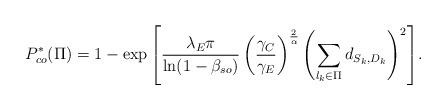
LaTeX: \begin{align*}P_{co}^*(\Pi)=1-\exp{\left[\frac{\lambda_E \pi}{\ln(1-\beta_{so})}\left(\frac{\gamma_C}{\gamma_E}\right)^{\frac {2}{\alpha}}\left(\sum\limits_{l_k \in \Pi} d_{S_k, D_k}\right)^2\right]}. \end{align*}